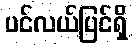
ပင်လယ်ပြင်ရှိ